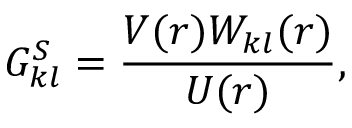
\boldsymbol { G _ { k l } ^ { S } } = \frac { V ( r ) W _ { k l } ( r ) } { U ( r ) } ,